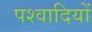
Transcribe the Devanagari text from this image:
पश्वादियों